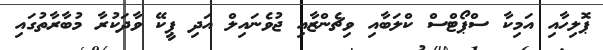
ޕޮލިހާއި އަމިކާ ސްޕޯޓްސް ކްލަބާއި ވިޗެންޒާއި ޖުވެނައިލް އަދި ޕީކޭ ވާދަކުރާ މުބާރާތުގައި